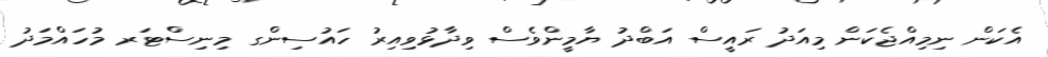
އެކަން ނިމިއްޖެކަން މިއަދު ރައީސް އަބްދު ޔާމީންވެސް ވިދާޅުވިއިރު ހައުސިންގ މިނިސްޓަރ މުހައްމަދު